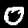
Digit: 0